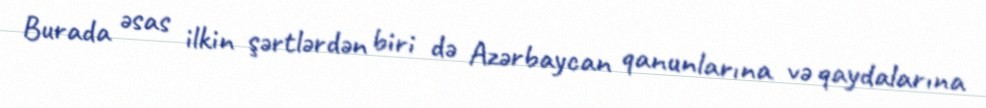
Burada əsas ilkin şərtlərdən biri də Azərbaycan qanunlarına və qaydalarına